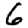
Digit: 6